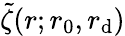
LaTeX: \tilde{\zeta}(r;r_{0},r_{\mathrm{d}})